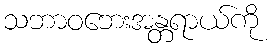
သဘာဝဘေးအန္တရာယ်ကို